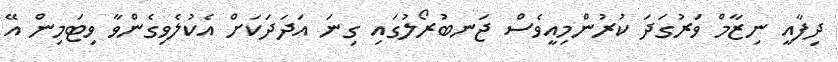
ދިފާއީ ނިޒާމް ވަރުގަދަ ކުރުންމިއީވެސް ޖަނބުރޯލުގައި ގިނަ އަދަދަކަށް އެކުލެވިގެންވާ ވިޓަމިން އޭ